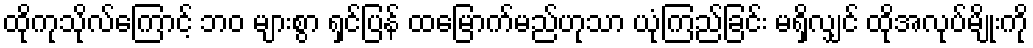
ထိုကုသိုလ်ကြောင့် ဘဝ များစွာ ရှင်ပြန် ထမြောက်မည်ဟုသာ ယုံကြည်ခြင်း မရှိလျှင် ထိုအလုပ်မျိုးကို